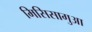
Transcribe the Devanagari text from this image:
मिसिसागुआ